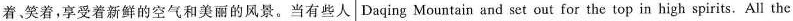
着、笑着，享受着新鲜的空气和美丽的风景。当有些人 Daqing Mountain and set out for the top in high spirits. All the